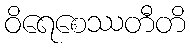
ဝိရေစေဿတီတိ